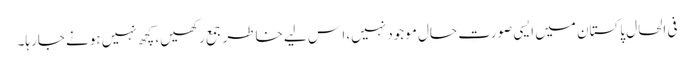
فی الحال پاکستان میں ایسی صورتِ حال موجود نہیں، ا س لیے خاطر جمع رکھیں، کچھ نہیں ہونے جارہا۔